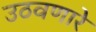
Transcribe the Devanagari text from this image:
उठवणारे